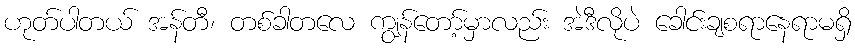
ဟုတ်ပါတယ် အန်တီ၊ တစ်ခါတလေ ကျွန်တော့်မှာလည်း အဲဒီလိုပဲ ခေါင်းချစရာနေရာမရှိ